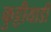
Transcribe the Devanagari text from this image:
कुट्टीयाडी